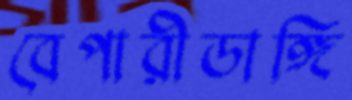
বেপারীডাঙ্গি